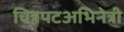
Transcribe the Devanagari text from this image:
चित्रपटअभिनेत्री